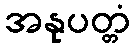
အနုပတ္တံ